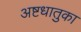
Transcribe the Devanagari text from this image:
अष्टधातुका